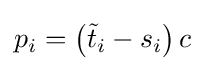
p_{i}=\left({\tilde {t}}_{i}-s_{i}\right)c